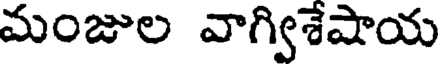
మంజుల వాగ్విశేషాయ